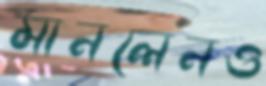
মানলেনও